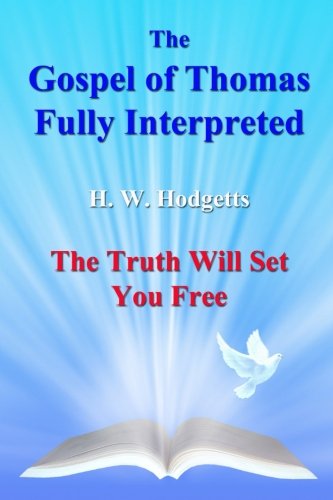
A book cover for The Gospel of Thomas Fully Interpreted: The Truth Will Set You Free; Mr H W Hodgetts; Christian Books & Bibles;